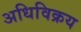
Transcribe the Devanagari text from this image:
अधिविक्रय